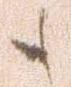
も